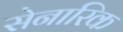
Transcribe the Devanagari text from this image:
सेनारिक